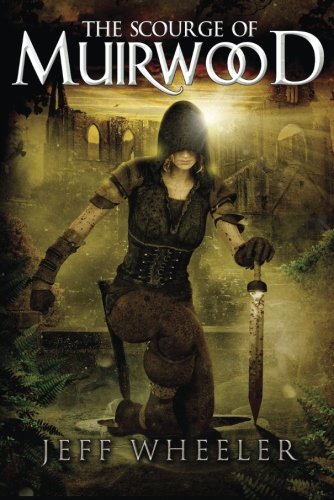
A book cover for The Scourge of Muirwood (Legends of Muirwood); Jeff Wheeler; Romance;